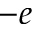
- e